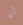
أن